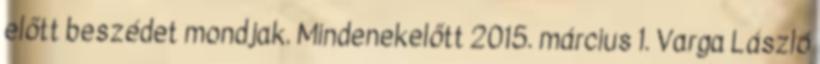
előtt beszédet mondjak. Mindenekelőtt 2015. március 1. Varga László